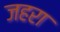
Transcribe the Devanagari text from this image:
जहरा